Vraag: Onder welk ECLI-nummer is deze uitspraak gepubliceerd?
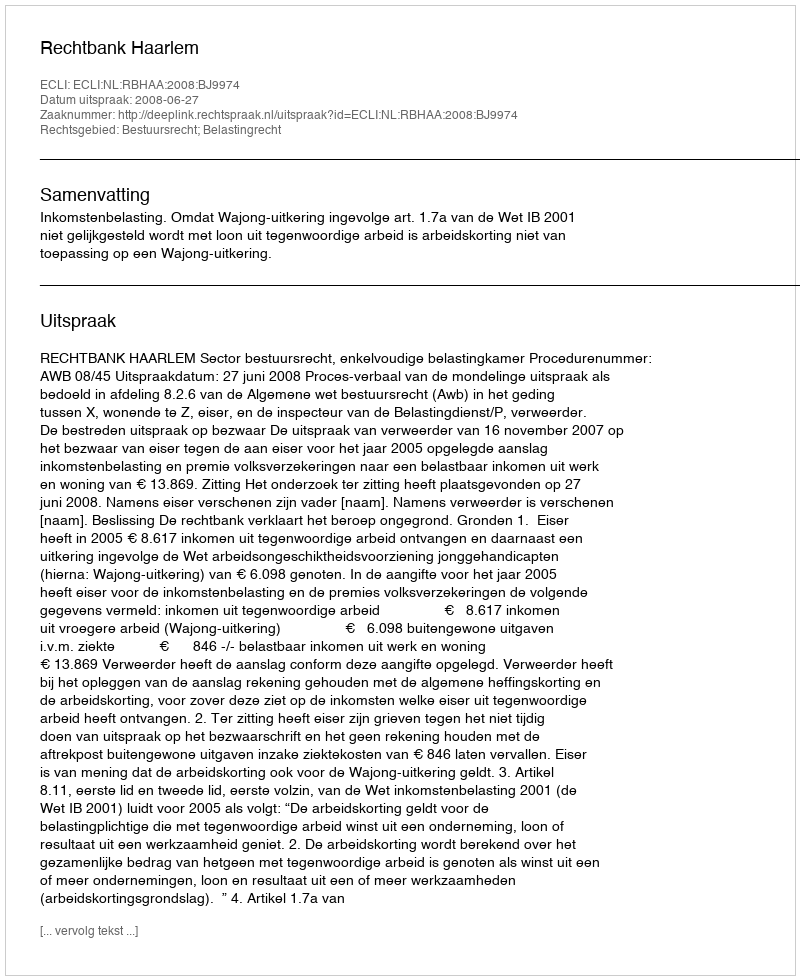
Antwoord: ECLI:NL:RBHAA:2008:BJ9974